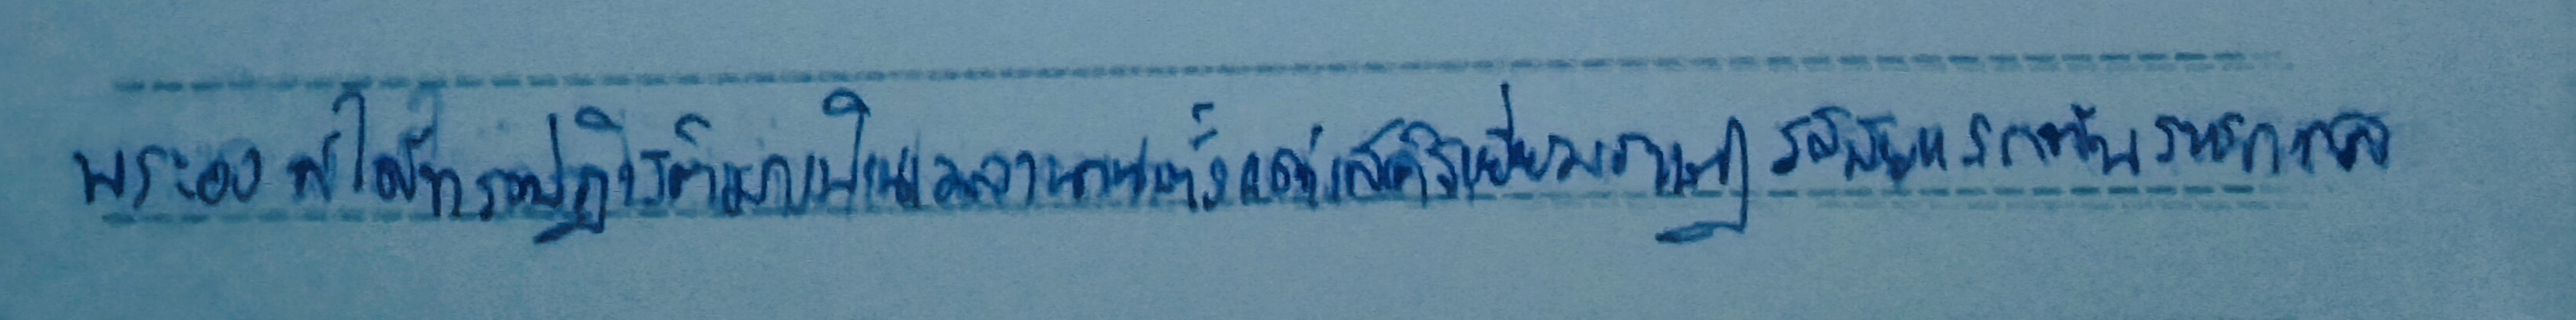
พระองค์ได้ทรงปฏิบัติมาเป็นเวลานานตั้งแต่เสด็จเยี่ยมราษฎรสมัยแรกต้นราชกาล